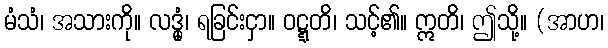
မံသံ၊ အသားကို။ လဒ္ဓုံ၊ ရခြင်းငှာ။ ဝဋ္ဋတိ၊ သင့်၏။ ဣတိ၊ ဤသို့။ (အာဟ၊